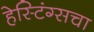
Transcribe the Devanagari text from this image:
हेस्टिंग्सचा